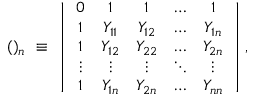
( ) _ { n } ~ \equiv ~ \left| \begin{array} { c c c c c } { { 0 } } & { { 1 } } & { { 1 } } & { { \ldots } } & { { 1 } } \\ { { 1 } } & { { Y _ { 1 1 } } } & { { Y _ { 1 2 } } } & { { \ldots } } & { { Y _ { 1 n } } } \\ { { 1 } } & { { Y _ { 1 2 } } } & { { Y _ { 2 2 } } } & { { \ldots } } & { { Y _ { 2 n } } } \\ { { \vdots } } & { { \vdots } } & { { \vdots } } & { { \ddots } } & { { \vdots } } \\ { { 1 } } & { { Y _ { 1 n } } } & { { Y _ { 2 n } } } & { { \ldots } } & { { Y _ { n n } } } \end{array} \right| ,